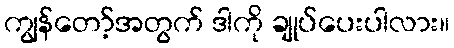
ကျွန်တော့်အတွက် ဒါကို ချုပ်ပေးပါလား။